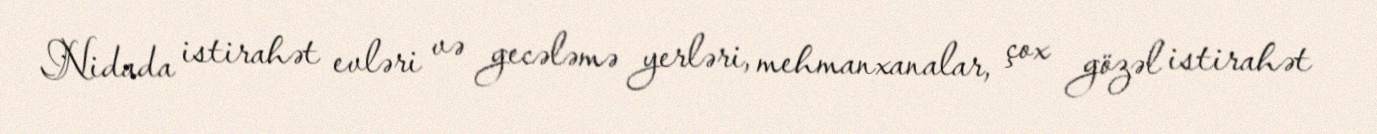
Nidada istirahət evləri və gecələmə yerləri, mehmanxanalar, çox gözəl istirahət